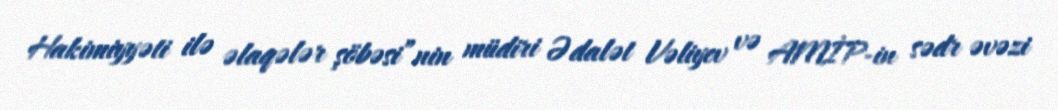
Hakimiyyəti ilə əlaqələr şöbəsi”nin müdiri Ədalət Vəliyev və AMİP-in sədr əvəzi